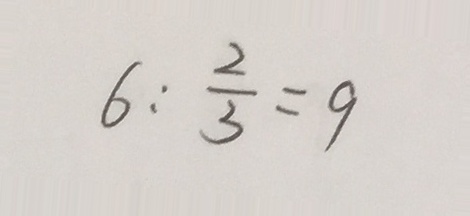
6 : \frac { 2 } { 3 } = 9